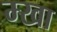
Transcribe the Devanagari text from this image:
म्खा